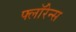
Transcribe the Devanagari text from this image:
फ्लाॅरेन्स